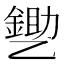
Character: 㐥